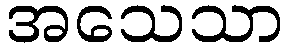
အသေသာ